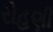
રોહણી